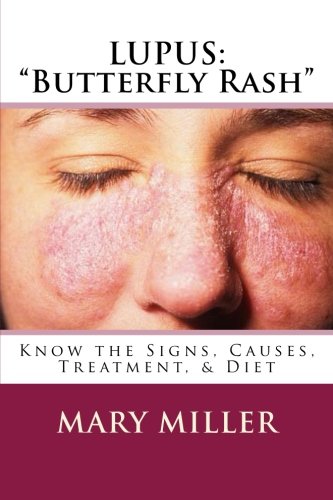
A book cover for LUPUS: "Butterfly Rash": Know the Signs, Causes, Treatment, & Diet; Mary Miller; Health, Fitness & Dieting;